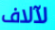
لآلاف